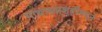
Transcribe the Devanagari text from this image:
गाथासप्तशतीमधून